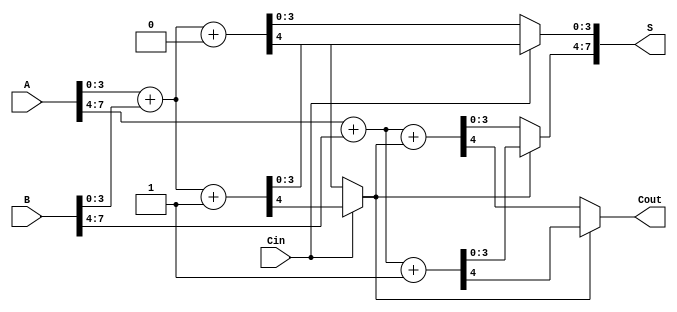
module carry_select_adder (
    input [7:0] A,        // First n-bit input
    input [7:0] B,        // Second n-bit input
    input Cin,            // Carry-in
    output [7:0] S,       // n-bit sum output
    output Cout           // Carry-out
);

    // Parameters
    parameter BLOCK_SIZE = 4; // Size of each block
    parameter NUM_BLOCKS = 2;  // Number of blocks for 8-bit input

    wire [BLOCK_SIZE-1:0] S0 [NUM_BLOCKS-1:0];
    wire [BLOCK_SIZE-1:0] S1 [NUM_BLOCKS-1:0];
    wire Cout0 [NUM_BLOCKS-1:0];
    wire Cout1 [NUM_BLOCKS-1:0];
    wire carry [NUM_BLOCKS:0]; // carry[0] is the input carry, carry[NUM_BLOCKS] is the last carry out

    assign carry[0] = Cin; // Initial carry is the input carry

    // Block computation
    genvar i;
    generate
        for (i = 0; i < NUM_BLOCKS; i = i + 1) begin : block
            // Compute sums and carries for both scenarios
            if (i == 0) begin
                // For the first block
                assign {Cout0[i], S0[i]} = A[BLOCK_SIZE-1:0] + B[BLOCK_SIZE-1:0] + 1'b0; // Carry-in = 0
                assign {Cout1[i], S1[i]} = A[BLOCK_SIZE-1:0] + B[BLOCK_SIZE-1:0] + 1'b1; // Carry-in = 1
            end else begin
                // For subsequent blocks
                assign {Cout0[i], S0[i]} = A[(i+1)*BLOCK_SIZE-1:i*BLOCK_SIZE] + B[(i+1)*BLOCK_SIZE-1:i*BLOCK_SIZE] + carry[i]; // Carry-in from previous block
                assign {Cout1[i], S1[i]} = A[(i+1)*BLOCK_SIZE-1:i*BLOCK_SIZE] + B[(i+1)*BLOCK_SIZE-1:i*BLOCK_SIZE] + (carry[i] | 1'b1); // Carry-in = 1
            end

            // MUX to select sum and carry out based on carry from previous block
            assign S[(i+1)*BLOCK_SIZE-1:i*BLOCK_SIZE] = carry[i] ? S1[i] : S0[i];
            assign carry[i+1] = carry[i] ? Cout1[i] : Cout0[i];
        end
    endgenerate

    // Final carry-out
    assign Cout = carry[NUM_BLOCKS];

endmodule